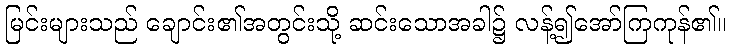
မြင်းများသည် ချောင်း၏အတွင်းသို့ ဆင်းသောအခါ၌ လန့်၍အော်ကြကုန်၏။